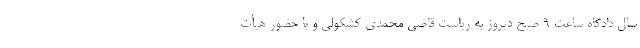
سال دادگاه ساعت 9 صبح دیروز به ریاست قاضی محمدی کشکولی و با حضور هیأت